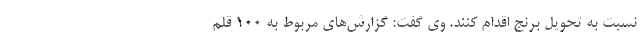
نسبت به تحویل برنج اقدام کنند. وی گفت: گزارش‌های مربوط به ۱۰۰ قلم